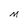
Character: M